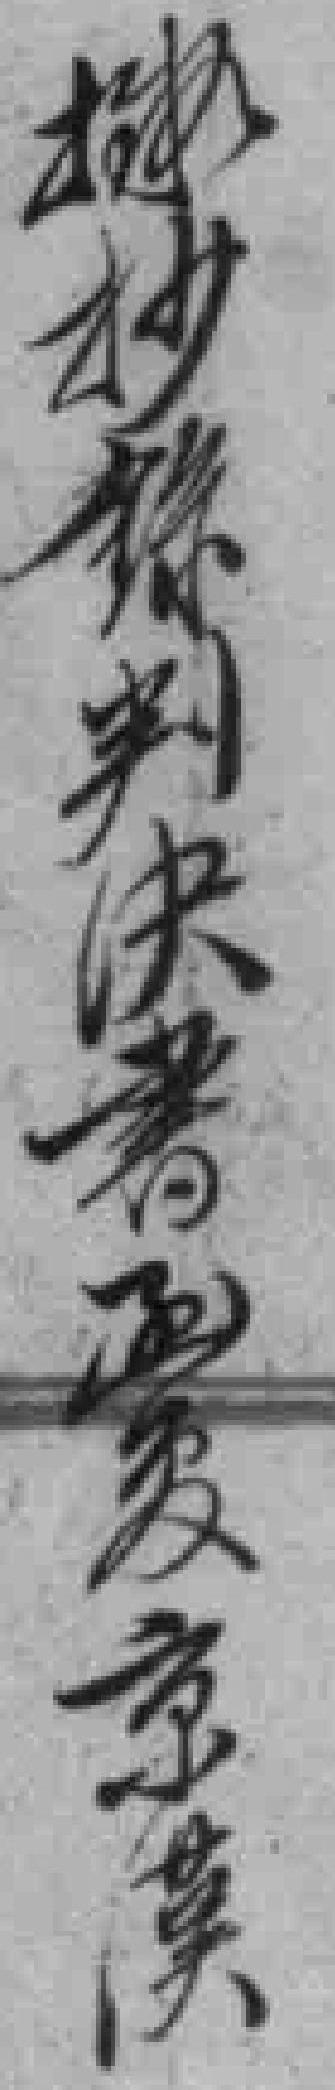
擬抄錄判決書函覆京漢